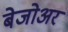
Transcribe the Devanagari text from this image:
बेजोअर